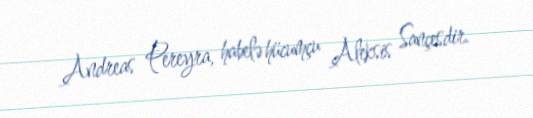
Andreas Pereyra, habelə hücumçu Aleksis Sançesdir.